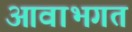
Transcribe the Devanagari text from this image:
आवाभगत